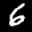
Label: 6